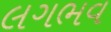
લગભવ